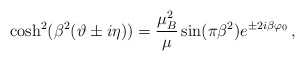
\begin{align*}\cosh^{2}(\beta^{2}(\vartheta\pm i\eta))=\frac{\mu^{2}_{B}}{\mu}\sin (\pi\beta^{2})e^{\pm 2i\beta \varphi_{0}}\,,\end{align*}